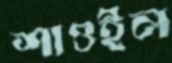
শাওইল